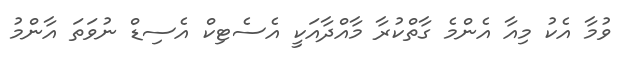
ވުމާ އެކު މިއާ އެންމެ ގާތްކުރާ މާއްދާއަކީ އެސެޓިކް އެސިޑް ނުވަތަ އާންމު